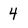
Character: 4